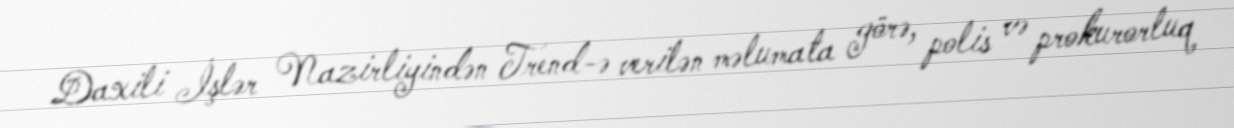
Daxili İşlər Nazirliyindən Trend-ə verilən məlumata görə, polis və prokurorluq